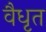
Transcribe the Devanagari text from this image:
वैधृत